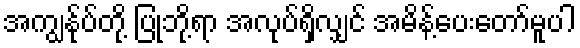
အကျွန်ုပ်တို့ ပြုဘို့ရာ အလုပ်ရှိလျှင် အမိန့်ပေးတော်မူပါ